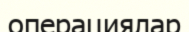
операциялар